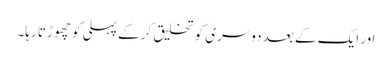
اور ایک کے بعد دوسری کو تخلیق کر کے پہلی کو چھوڑتا رہا۔